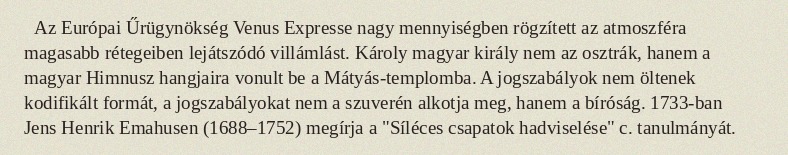
Az Európai Űrügynökség Venus Expresse nagy mennyiségben rögzített az atmoszféra magasabb rétegeiben lejátszódó villámlást. Károly magyar király nem az osztrák, hanem a magyar Himnusz hangjaira vonult be a Mátyás-templomba. A jogszabályok nem öltenek kodifikált formát, a jogszabályokat nem a szuverén alkotja meg, hanem a bíróság. 1733-ban Jens Henrik Emahusen (1688–1752) megírja a "Síléces csapatok hadviselése" c. tanulmányát.